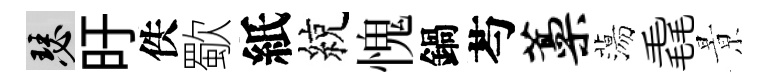
瑟旴佚歜紙綂愧鍋芍藁蕩毳㬌